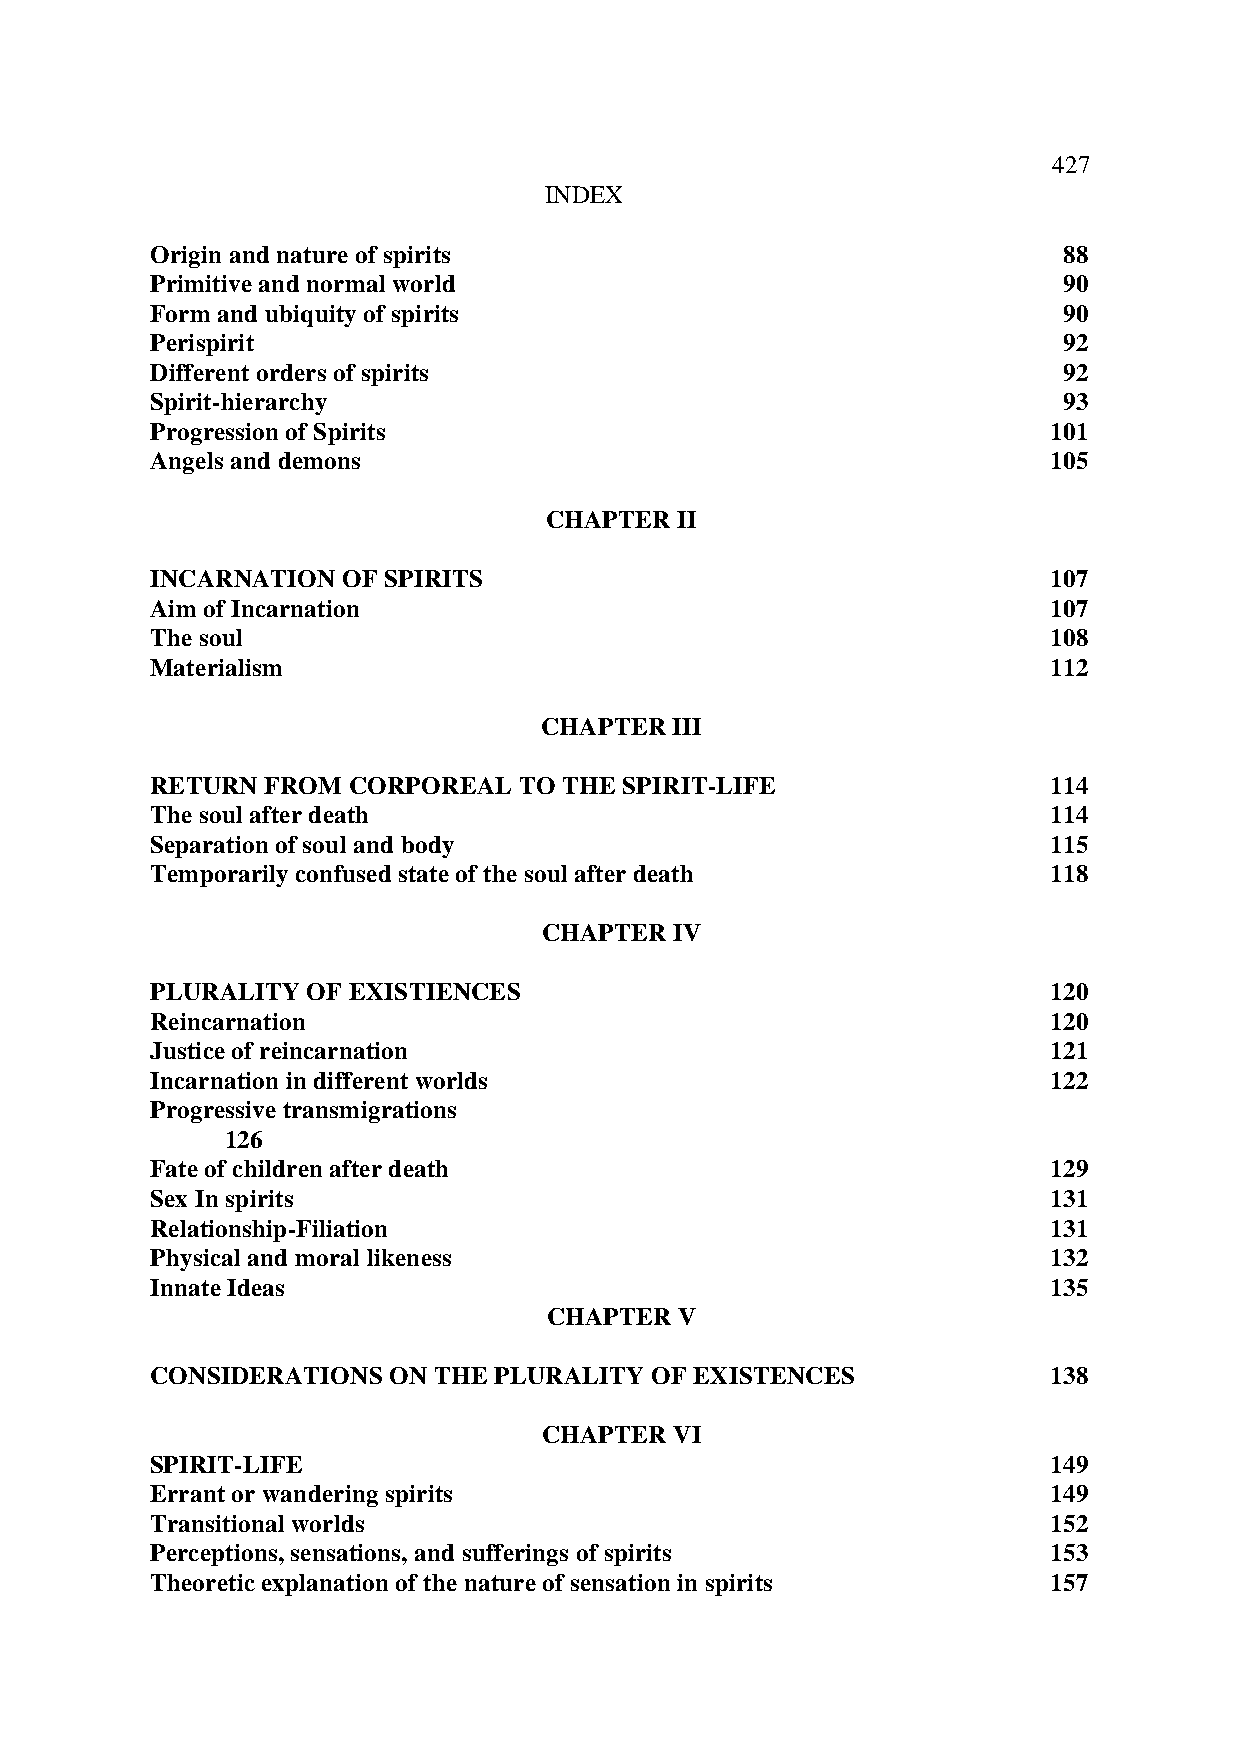
427
 INDEX
 Origin and nature of spirits                                88
 Primitive and normal world                                  90
 Form and ubiquity of spirits                                90
 Perispirit                                                  92
 Different orders of spirits                                 92
 Spirit-hierarchy                                            93
 Progression of Spirits                                      101
 Angels and demons                                           105
 CHAPTER  II
 INCARNATION OF SPIRITS                                      107
 Aim of Incarnation                                          107
 The soul                                                    108
 Materialism                                                 112
 CHAPTER III
 RETURN FROM  CORPOREAL  TO THE SPIRIT-LIFE                  114
 The soul after death                                        114
 Separation of soul and body                                 115
 Temporarily confused state of the soul after death          118
 CHAPTER IV
 PLURALITY OF EXISTIENCES                                    120
 Reincarnation                                               120
 Justice of reincarnation                                    121
 Incarnation in different worlds                             122
 Progressive transmigrations
 126
 Fate of children after death                                129
 Sex In spirits                                              131
 Relationship-Filiation                                      131
 Physical and moral likeness                                 132
 Innate Ideas                                                135
 CHAPTER  V
 CONSIDERATIONS ON THE PLURALITY OF EXISTENCES               138
 CHAPTER VI
 SPIRIT-LIFE                                                 149
 Errant or wandering spirits                                 149
 Transitional worlds                                         152
 Perceptions, sensations, and sufferings of spirits          153
 Theoretic explanation of the nature of sensation in spirits 157